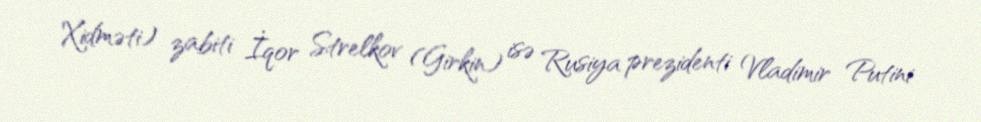
Xidməti) zabiti İqor Strelkov (Girkin) isə Rusiya prezidenti Vladimir Putini